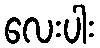
လေးပါး